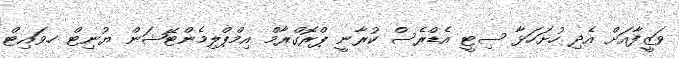
ވަޒީފާއަށް އެދި ހުށަހަޅާ ސިޓީ އެޑްރެސް ކުރާނީ ޕްރޮގްރާމް އިމްޕްލިމެންޓޭޝަން ޔުނިޓް ހ.ވައިޓް